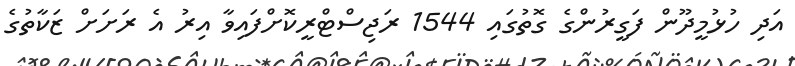
އަދި ހުޅުމީދޫން ފަގީރުންގެ ގޮތުގައި 1544 ރަޖިސްޓްރީކޮށްފައިވާ އިރު އެ ރަށަށް ޒަކާތުގެ